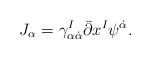
\begin{align*}J_{\alpha}=\gamma^I_{\alpha\dot\alpha}\bar\partial x^I \psi^{\dot\alpha}.\end{align*}